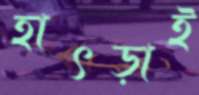
হাৎড়াই